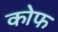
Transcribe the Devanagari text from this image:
कोफ